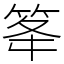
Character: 䇨